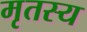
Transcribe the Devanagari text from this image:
मृतस्य